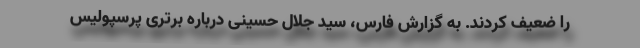
را ضعیف کردند. به گزارش فارس، سید جلال حسینی درباره برتری پرسپولیس